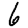
Digit: 6